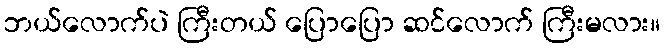
ဘယ်လောက်ပဲ ကြီးတယ် ပြောပြော ဆင်လောက် ကြီးမလား။